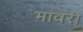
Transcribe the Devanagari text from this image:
मावरी